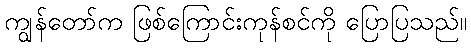
ကျွန်တော်က ဖြစ်ကြောင်းကုန်စင်ကို ပြောပြသည်။